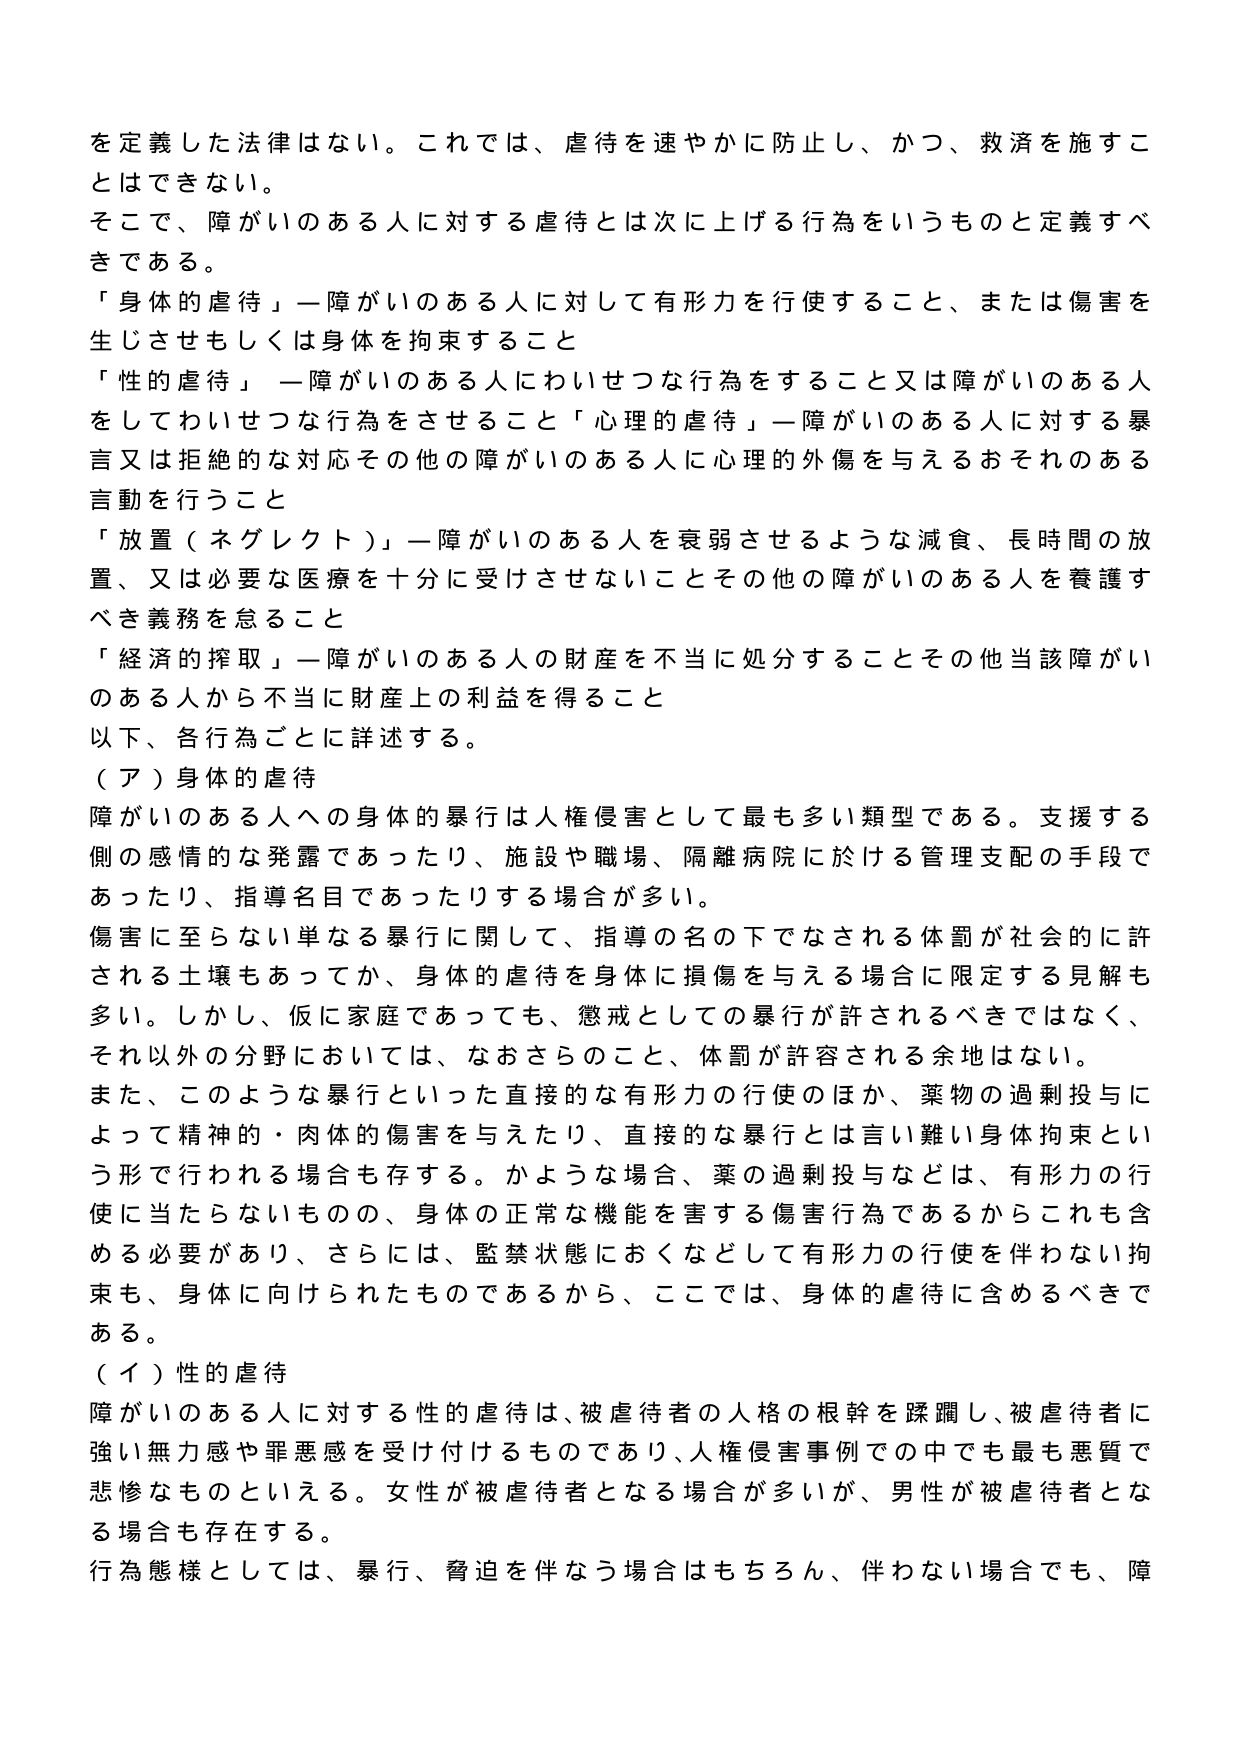
を定義した法律はない。これでは、虐待を速やかに防止し、かつ、救済を施すことはできない。
そこで、障がいのある人に対する虐待とは次に上げる行為をいうものと定義すべきである。
「身体的虐待」—障がいのある人に対して有形力行使すること、または傷害を生じさせもしくは身体を拘束すること
「性的虐待」—障がいのある人にわいせつな行為をすること又は障がいのある人をしてわいせつな行為をさせること「心理的虐待」—障がいのある人に対する暴言又は拒絶的な対応その他 の障がいのある人に心理的外傷を与えるおそれのある言動を行うこと
「放置（ネグレクト）」—障がいのある人を衰弱させるような減食、長時間の放置、又は必要な医療を十分に受けさせないことその他 の障がいのある人を養護すべき義務を怠ること
「経済的搾取」—障がいのある人の財産を不当に処分することその他当該障がいのある人から不当に財産上の利益を得ること
以下、各行為ごとに詳述する。
（ア）身体的虐待
障がいのある人への身体的暴行は人権侵害として最も多い類型である。支援する側の感情的な発露であったり、施設や職場、隔離病院に於ける管理支配の手段であったり、指導名目であったりする場合が多い。
傷害に至らない単なる暴行に関して、指導の名の下でなされる体罰が社会的に許される土壌もあってか、身体的虐待を身体に損傷を与える場合に限定する見解も多い。しかし、仮に家庭であっても、懲戒としての暴行が許されるべきではなく、それ以外の分野においては、なおさらのこと、体罰が許容される余地はない。
また、このような暴行といった直接的な有形力の行使のほか、薬物の過剰投与によって精神的・肉体的傷害を与えたり、直接的な暴行とは言い難い身体拘束という形で行われる場合も存する。かような場合、薬の過剰投与などは、有形力の行使に当たらないものの、身体の正常な機能を害する傷害行為であるからこれも含める必要があり、さらには、監禁状態におくなどして有形力の行使を伴わない拘束も、身体に向けられたものであるから、ここでは、身体的虐待に含めるべきである。
（イ）性的虐待
障がいのある人に対する性的虐待は、被虐待者の人格の根幹を蹂躙し、被虐待者に強い無力感や罪悪感を受け付けるものであり、人権侵害事例の中でも最も悪質で悲惨なものといえる。女性が被虐待者となる場合が多いが、男性が被虐待者となる場合も存在する。
行為態様としては、暴行、脅迫を伴なう場合はもちろん、伴わない場合でも、障